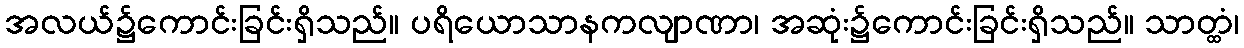
အလယ်၌ကောင်းခြင်းရှိသည်။ ပရိယောသာနကလျာဏာ၊ အဆုံး၌ကောင်းခြင်းရှိသည်။ သာတ္ထံ၊